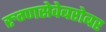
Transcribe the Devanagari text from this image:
रुग्णसेवेबरोबर